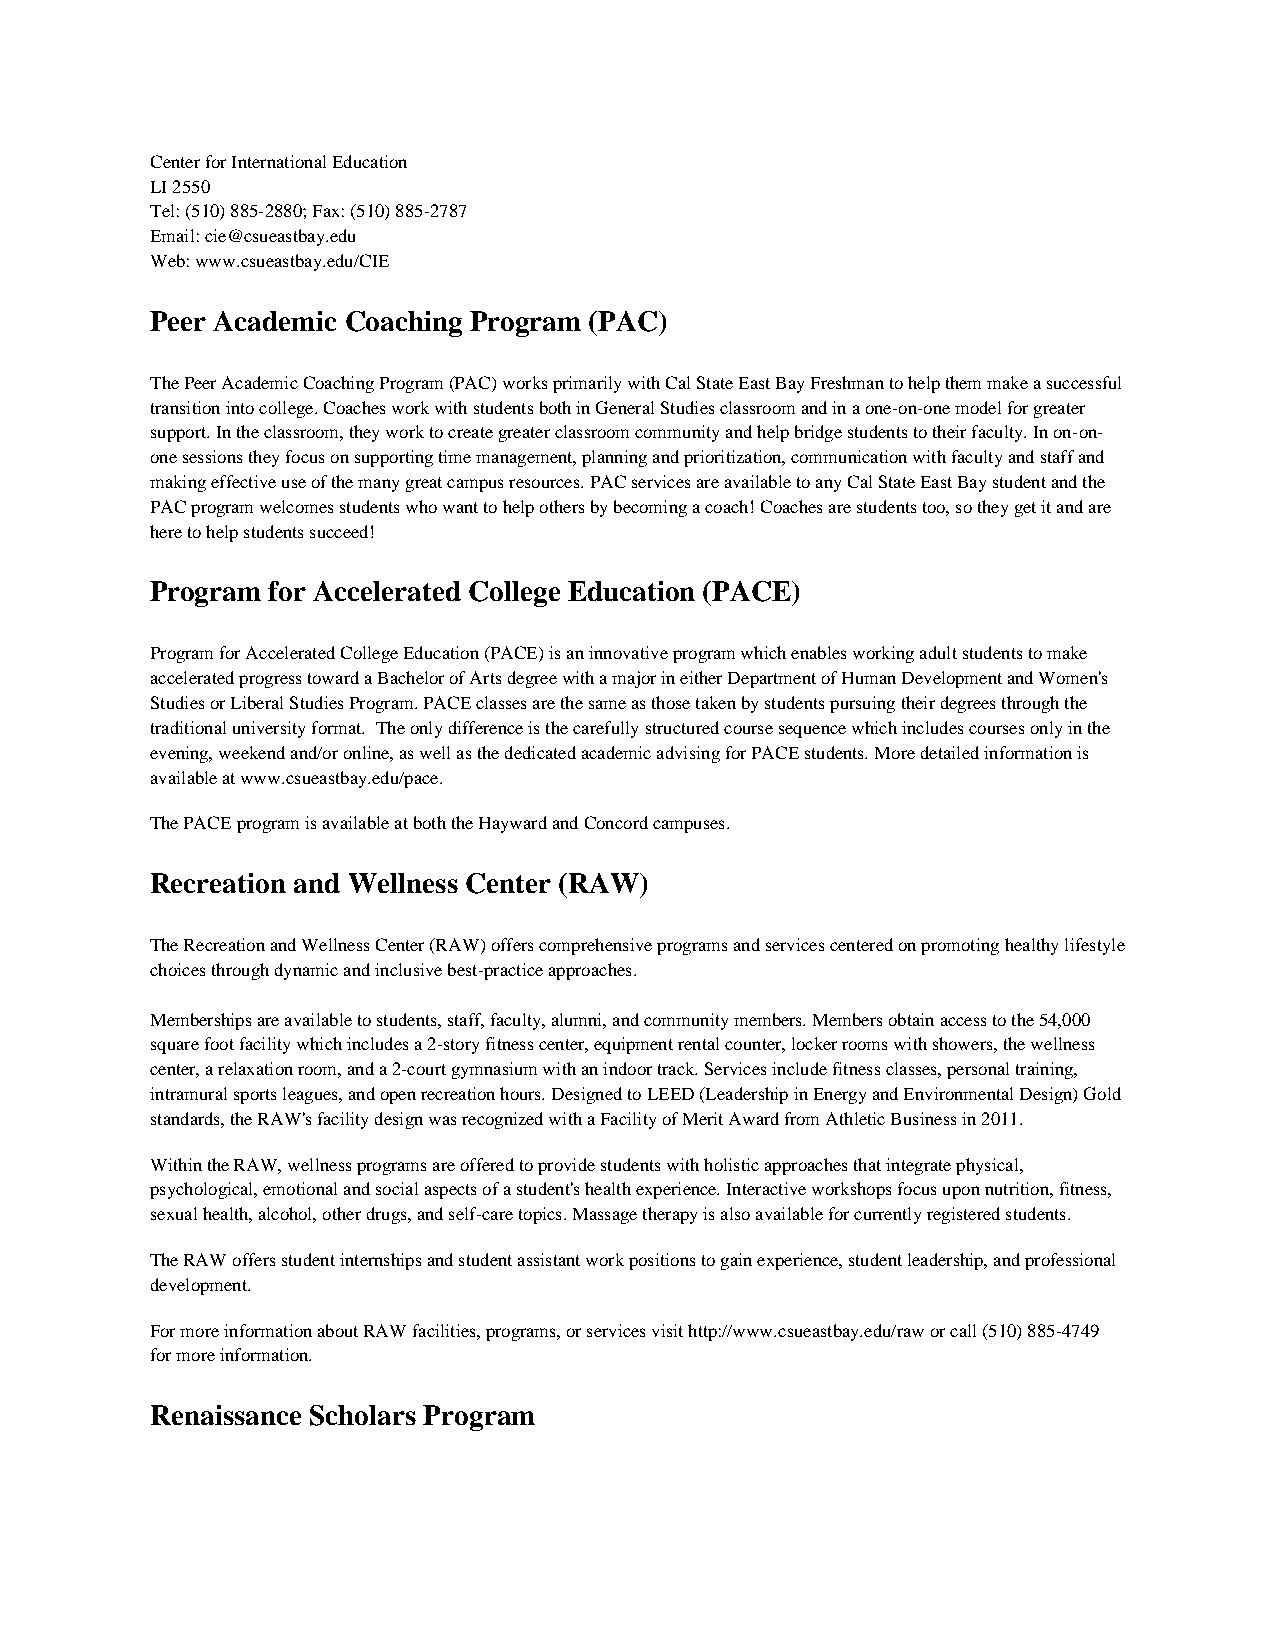
Center for International Education
 LI 2550
 Tel: (510) 885-2880; Fax: (510) 885-2787
 Email: cie@csueastbay.edu
 Web: www.csueastbay.edu/CIE
 Peer Academic Coaching Program (PAC)
 The Peer Academic Coaching Program (PAC) works primarily with Cal State East Bay Freshman to help them make a successful
 transition into college. Coaches work with students both in General Studies classroom and in a one-on-one model for greater
 support. In the classroom, they work to create greater classroom community and help bridge students to their faculty. In on-on-
 one sessions they focus on supporting time management, planning and prioritization, communication with faculty and staff and
 making effective use of the many great campus resources. PAC services are available to any Cal State East Bay student and the
 PAC program welcomes students who want to help others by becoming a coach! Coaches are students too, so they get it and are
 here to help students succeed!
 Program for Accelerated College Education (PACE)
 Program for Accelerated College Education (PACE) is an innovative program which enables working adult students to make
 accelerated progress toward a Bachelor of Arts degree with a major in either Department of Human Development and Women's
 Studies or Liberal Studies Program. PACE classes are the same as those taken by students pursuing their degrees through the
 traditional university format. The only difference is the carefully structured course sequence which includes courses only in the
 evening, weekend and/or online, as well as the dedicated academic advising for PACE students. More detailed information is
 available at www.csueastbay.edu/pace.
 The PACE program is available at both the Hayward and Concord campuses.
 Recreation and Wellness Center (RAW)
 The Recreation and Wellness Center (RAW) offers comprehensive programs and services centered on promoting healthy lifestyle
 choices through dynamic and inclusive best-practice approaches.
 Memberships are available to students, staff, faculty, alumni, and community members. Members obtain access to the 54,000
 square foot facility which includes a 2-story fitness center, equipment rental counter, locker rooms with showers, the wellness
 center, a relaxation room, and a 2-court gymnasium with an indoor track. Services include fitness classes, personal training,
 intramural sports leagues, and open recreation hours. Designed to LEED (Leadership in Energy and Environmental Design) Gold
 standards, the RAW's facility design was recognized with a Facility of Merit Award from Athletic Business in 2011.
 Within the RAW, wellness programs are offered to provide students with holistic approaches that integrate physical,
 psychological, emotional and social aspects of a student's health experience. Interactive workshops focus upon nutrition, fitness,
 sexual health, alcohol, other drugs, and self-care topics. Massage therapy is also available for currently registered students.
 The RAW offers student internships and student assistant work positions to gain experience, student leadership, and professional
 development.
 For more information about RAW facilities, programs, or services visit http://www.csueastbay.edu/raw or call (510) 885-4749
 for more information.
 Renaissance Scholars Program